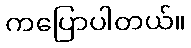
ကပြောပါတယ်။